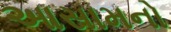
આસામનો